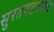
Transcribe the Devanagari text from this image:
सुरतगडजवळ